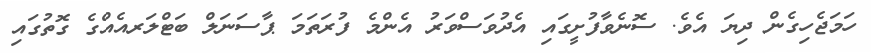
ހަމަޖެހިގެން ދިޔަ އެވެ. ސޮނެވާފުށީގައި އެދުވަސްވަރު އެންމެ ފުރަތަމަ ޕާސަނަލް ބަޓްލަރއެއްގެ ގޮތުގައި